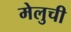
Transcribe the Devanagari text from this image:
मेलुची